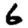
Digit: 6